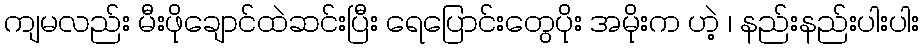
ကျမလည်း မီးဖိုချောင်ထဲဆင်းပြီး ရေပြောင်းတွေပိုး အမိုးက ဟဲ့ ၊ နည်းနည်းပါးပါး